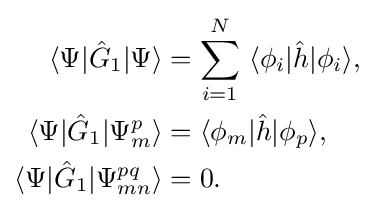
{\begin{aligned}\langle \Psi |{\hat {G}}_{1}|\Psi \rangle &=\sum _{i=1}^{N}\ \langle \phi _{i}|{\hat {h}}|\phi _{i}\rangle ,\\\langle \Psi |{\hat {G}}_{1}|\Psi _{m}^{p}\rangle &=\langle \phi _{m}|{\hat {h}}|\phi _{p}\rangle ,\\\langle \Psi |{\hat {G}}_{1}|\Psi _{mn}^{pq}\rangle &=0.\end{aligned}}